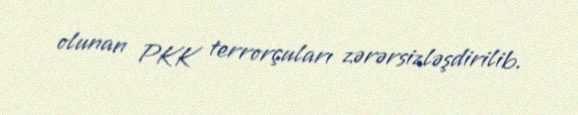
olunan PKK terrorçuları zərərsizləşdirilib.